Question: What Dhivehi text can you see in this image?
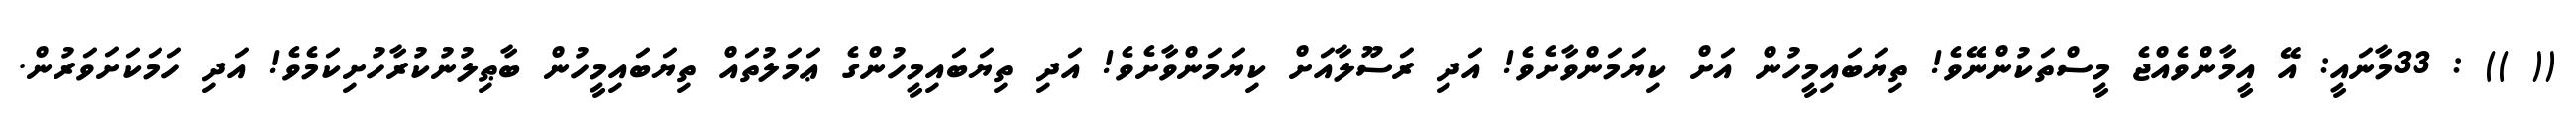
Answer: (( )) : 33މާނައީ: އޭ އީމާންވެއްޖެ މީސްތަކުންނޭވެ! ތިޔަބައިމީހުން އަށް ކިޔަމަންވާށެވެ! އަދި ރަސޫލާއަށް ކިޔަމަންވާށެވެ! އަދި ތިޔަބައިމީހުންގެ ޢަމަލުތައް ތިޔަބައިމީހުން ބާޠިލުނުކުރާހުށިކަމެވެ! އަދި ހަމަކަށަވަރުން.